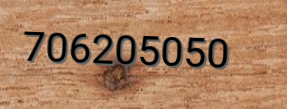
706205050